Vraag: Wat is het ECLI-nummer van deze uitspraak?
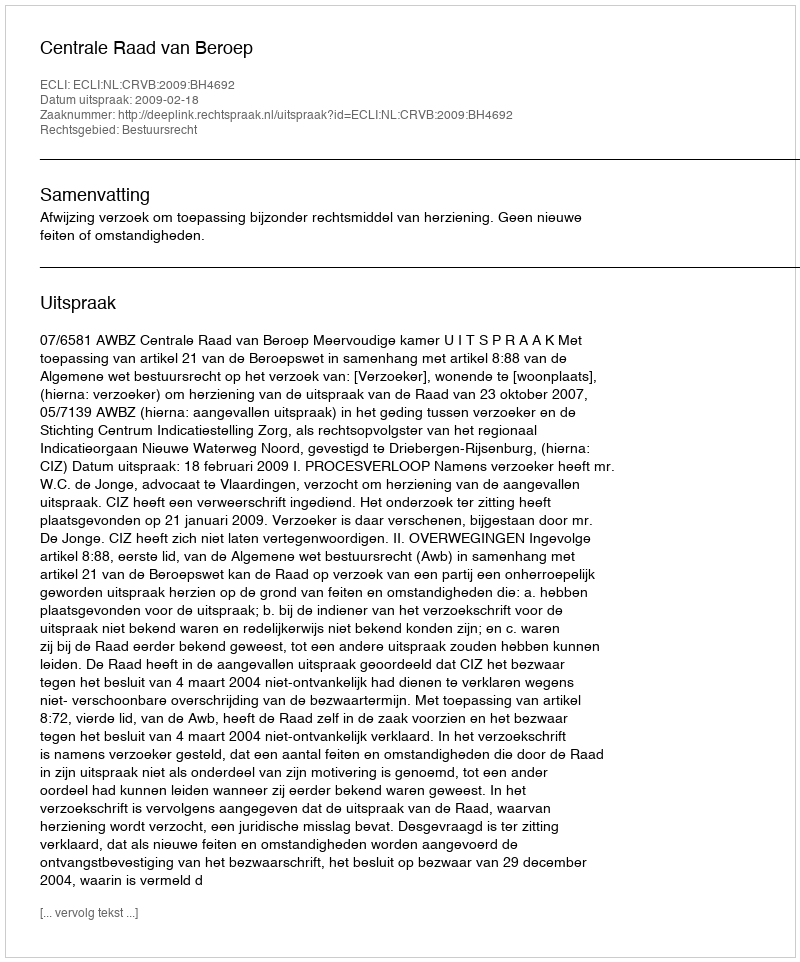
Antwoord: ECLI:NL:CRVB:2009:BH4692